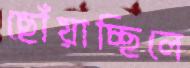
ছোঁয়াচ্ছিলে